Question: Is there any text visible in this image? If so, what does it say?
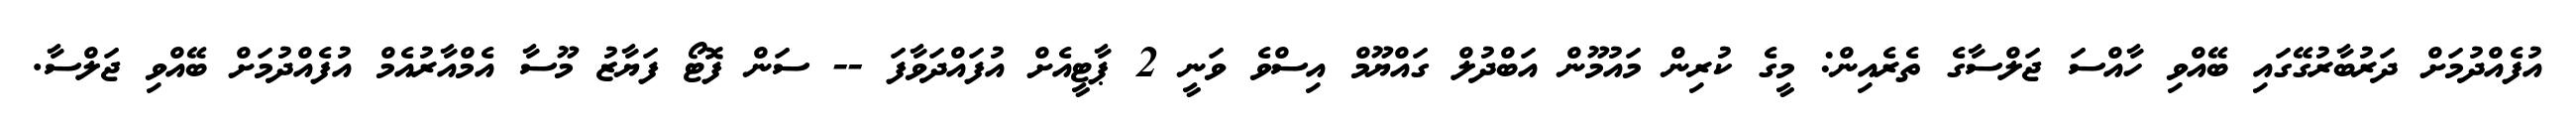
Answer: އުފެއްދުމަށް ދަރުބާރުގޭގައި ބޭއްވި ހާއްސަ ޖަލްސާގެ ތެރެއިން: މީގެ ކުރިން މައުމޫން އަބްދުލް ގައްޔޫމް އިސްވެ ވަނީ 2 ޕާޓީއެށް އުފައްދަވާފަ -- ސަން ފޮޓޯ ފަޔާޒު މޫސާ އެމްއާރުއެމް އުފެއްދުމަށް ބޭއްވި ޖަލްސާ.